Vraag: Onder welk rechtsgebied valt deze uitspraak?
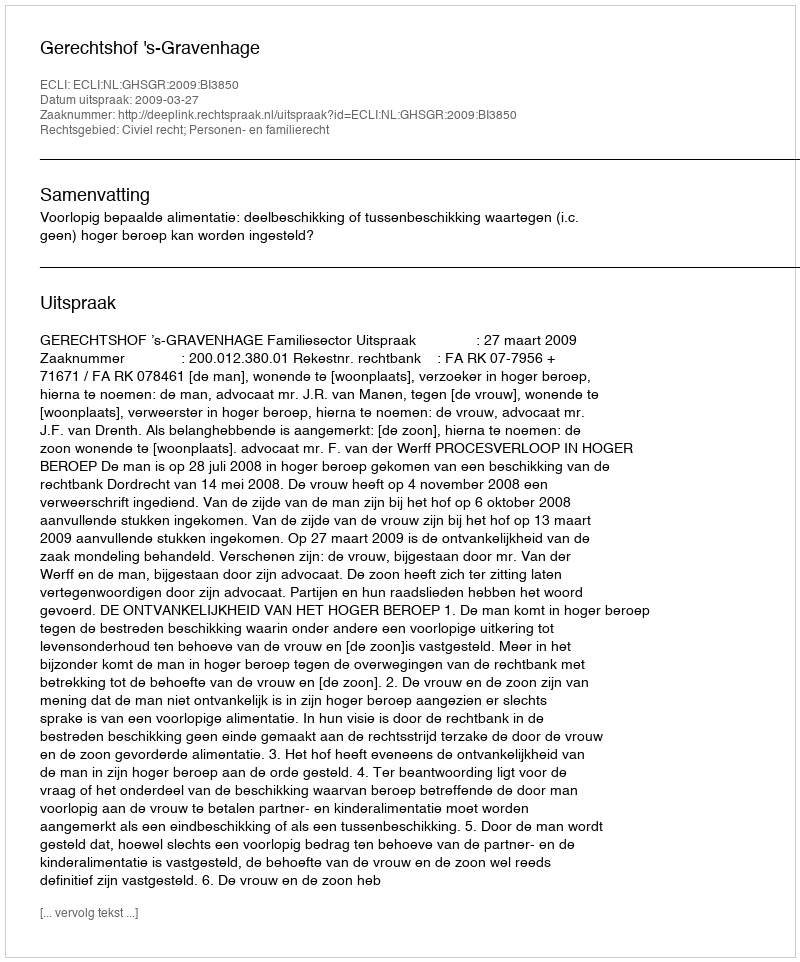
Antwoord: Civiel recht; Personen- en familierecht